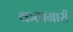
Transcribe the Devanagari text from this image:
कतानारी